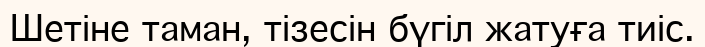
Шетіне таман, тізесін бүгіл жатуға тиіс.